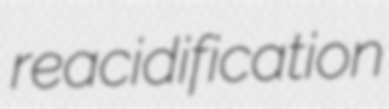
reacidification